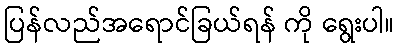
ပြန်လည်အရောင်ခြယ်ရန် ကို ရွေးပါ။